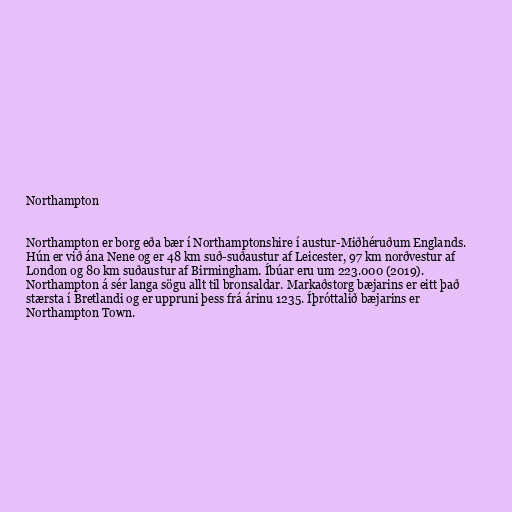
Northampton

Northampton er borg eða bær í Northamptonshire í austur-Miðhéruðum Englands.
Hún er við ána Nene og er 48 km suð-suðaustur af Leicester, 97 km norðvestur af
London og 80 km suðaustur af Birmingham. Íbúar eru um 223.000 (2019).
Northampton á sér langa sögu allt til bronsaldar. Markaðstorg bæjarins er eitt það
stærsta í Bretlandi og er uppruni þess frá árinu 1235. Íþróttalið bæjarins er
Northampton Town.